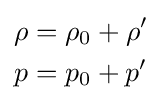
{\begin{aligned}\rho &=\rho _{0}+\rho '\\p&=p_{0}+p'\end{aligned}}